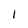
Character: I